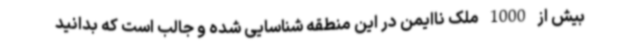
بیش از 1000 ملک ناایمن در این منطقه شناسایی شده و جالب است که بدانید